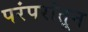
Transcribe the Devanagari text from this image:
परंपरांतून